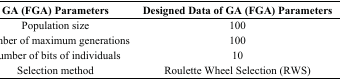
| GA (FGA) Parameters | Designed Data of GA (FGA) Parameters |
 | --- | --- |
 | Population size | 100 |
 | Number of maximum generations | 100 |
 | Number of bits of individuals | 10 |
 | Selection method | Roulette Wheel Selection (RWS) |